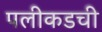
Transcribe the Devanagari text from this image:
पलीकडची